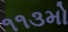
૧૧૩મો